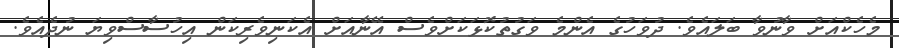
މެހެކްއަށް ވާނުވާ ބަލައެވެ. ދުވަހުގެ އެންމެ ވަގުތުކޮޅަކަށްވެސް އޭނާއަށް އެކަނިވެރިކަން އިހުސާސްވިޔަ ނުދެއެވެ.